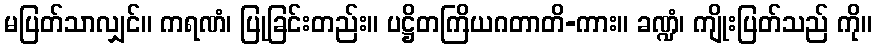
မပြတ်သာလျှင်။ ကရဏံ၊ ပြုခြင်းတည်း။ ပဋ္ဌိတကြိယဂတာတိ-ကား။ ခဏ္ဍံ၊ ကျိုးပြတ်သည် ကို။